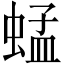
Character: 蜢